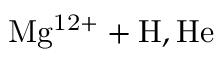
\mathrm { M g ^ { 1 2 + } + H , H e }